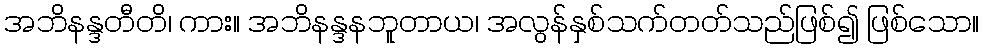
အဘိနန္ဒတီတိ၊ ကား။ အဘိနန္ဒနဘူတာယ၊ အလွန်နှစ်သက်တတ်သည်ဖြစ်၍ ဖြစ်သော။